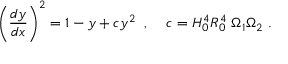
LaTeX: \left( \frac { d y } { d x } \right) ^ { 2 } = 1 - y + c y ^ { 2 } \; \; , \; \; \; \; c = H _ { 0 } ^ { 4 } R _ { 0 } ^ { 4 } \; \Omega _ { 1 } \Omega _ { 2 } \; .